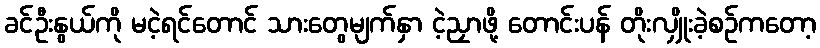
ခင်ဦးနွယ်ကို မငဲ့ရင်တောင် သားတွေမျက်နှာ ငဲ့ညှာဖို့ တောင်းပန် တိုးလျှိုးခဲ့စဉ်ကတော့